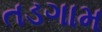
તડગામ